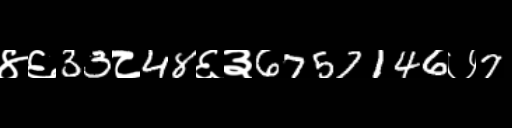
Text: ४६33८48६३6757146७7